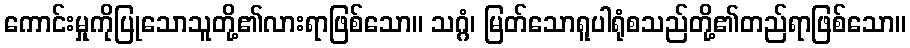
ကောင်းမှုကိုပြုသောသူတို့၏လားရာဖြစ်သော။ သဂ္ဂံ၊ မြတ်သောရူပါရုံစသည်တို့၏တည်ရာဖြစ်သော။